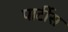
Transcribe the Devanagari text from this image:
पार्टीस